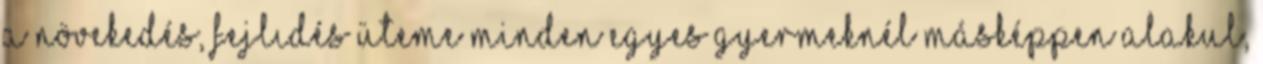
A növekedés, fejlıdés üteme minden egyes gyermeknél másképpen alakul,